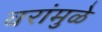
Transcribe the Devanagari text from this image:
वरांमुळे